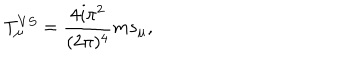
T _ { \mu } ^ { V S } = \frac { 4 i \pi ^ { 2 } } { ( 2 \pi ) ^ { 4 } } m s _ { \mu } ,